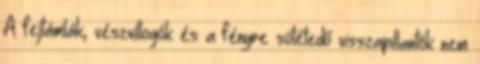
A fejtámlák, vészvillogók és a fényre sötétedő visszapillantók nem